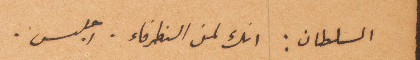
السلطان: انك لمن الظرفاء. اجلس